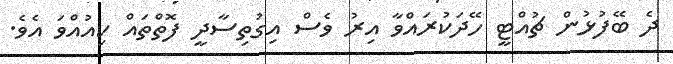
ދެ ބޭފުޅުން ޗުއްޓީ ހޭދަކުރައްވާ އިރު ވެސް އިގުތިސާދީ ފޮތްތައް ކިއުއްވަ އެވެ.